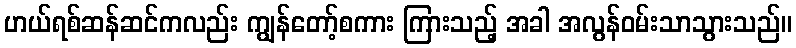
ဟယ်ရစ်ဆန်ဆင်ကလည်း ကျွန်တော့်စကား ကြားသည့် အခါ အလွန်ဝမ်းသာသွားသည်။